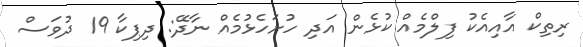
ރިތިކް އާއިއެކު ފިލްމެއް ކުޅެން އަދި ހުށަހެޅުމެއް ނާދޭ: ދިޕިކާ 19 ދުވަސް